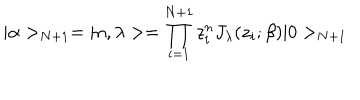
| \alpha > _ { N + 1 } = | n , \lambda > = \prod _ { i = 1 } ^ { N + 1 } z _ { i } ^ { n } J _ { \lambda } ( z _ { i } ; \beta ) | 0 > _ { N + 1 }